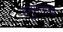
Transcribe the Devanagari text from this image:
हनुमंतांची